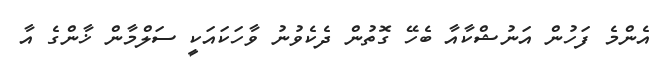
އެންމެ ފަހުން އަނުޝްކާއާ ބެހޭ ގޮތުން ދެކެވުނު ވާހަކައަކީ ސަލްމާން ޚާންގެ އާ